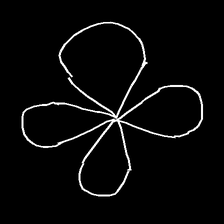
Glyph: billowing